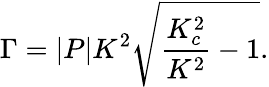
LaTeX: \Gamma=|P|K^{2}\sqrt{\frac{K_{c}^{2}}{K^{2}}-1}.